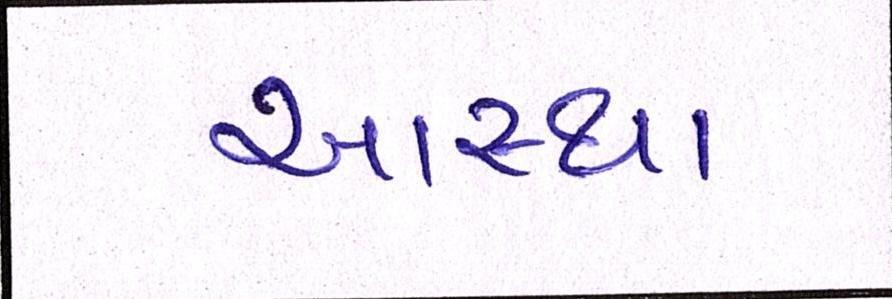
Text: આસ્થા